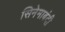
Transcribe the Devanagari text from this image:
सिनेमाबंदी